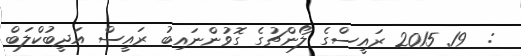
:  19